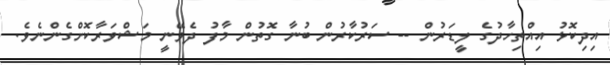
އިދިކޮޅު އިއްތިހާދުގެ ލީޑަރުން -- ސަރުކާރުން ބުނާ ގޮތުން މާފު ދެވޭނީ މަޝްވަރާކޮށްގެންނެވެ.